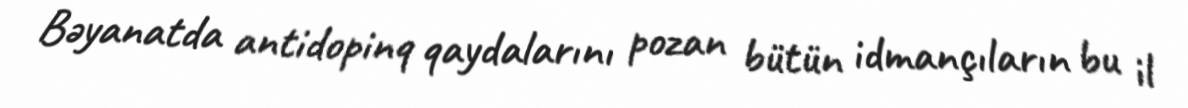
Bəyanatda antidopinq qaydalarını pozan bütün idmançıların bu il